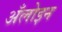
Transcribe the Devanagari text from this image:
अँलोइन